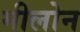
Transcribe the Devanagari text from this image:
मीलोन